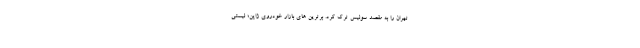
تهران را به مقصد سوئیس ترک کرد. برترین های بازار خودروی ژاپن؛ لیستی